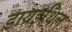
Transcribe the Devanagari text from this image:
डायइथिल